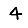
Digit: 4